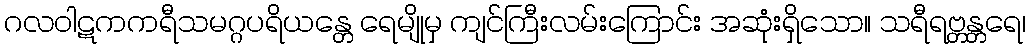
ဂလဝါဋကကရီသမဂ္ဂပရိယန္တေ ရေမျိုမှ ကျင်ကြီးလမ်းကြောင်း အဆုံးရှိသော။ သရီရဗ္တန္တရေ၊